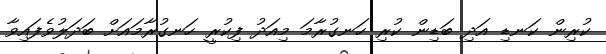
ކުރިން ކަނޑި އަދި ބަަޑިން ކުރި ހަނގުރާމަ މިއަދު ފިކުރީ ހަނގުރާމައަށް ބަދަލުވެފައިވާ